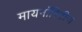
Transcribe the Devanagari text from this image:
मायनाॅरिटीज